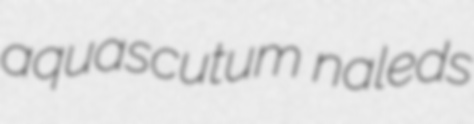
aquascutum naleds